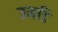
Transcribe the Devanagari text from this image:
उमडि